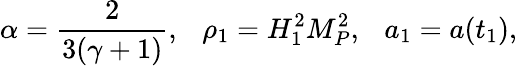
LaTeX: \alpha=\frac{2}{3(\gamma+1)},~~~\rho_{1}=H_{1}^{2}M_{P}^{2},~~~a_{1}=a(t_{1}),